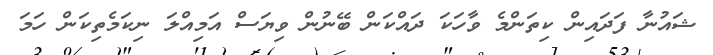
ޝައުނާ ފަދައިން ކިތަންމެ ވާހަކަ ދައްކަން ބޭނުން ވިޔަސް އަމިއްލަ ނިކަމެތިކަން ހަމަ